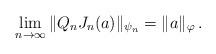
LaTeX: \begin{align*}\lim_{n\to\infty} \| Q_n J_n(a) \|_{\psi_n} = \|a \|_\varphi \,.\end{align*}